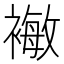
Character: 𰴈